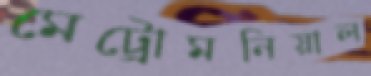
মেট্রোমনিয়াল